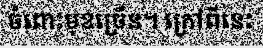
ចំពោះមុខច្រើន។ ក្រៅពីនេះ